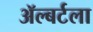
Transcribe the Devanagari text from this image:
ॲल्बर्टला